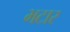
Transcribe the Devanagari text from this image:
भटार